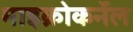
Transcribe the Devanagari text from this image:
माइक्रोकर्नेल